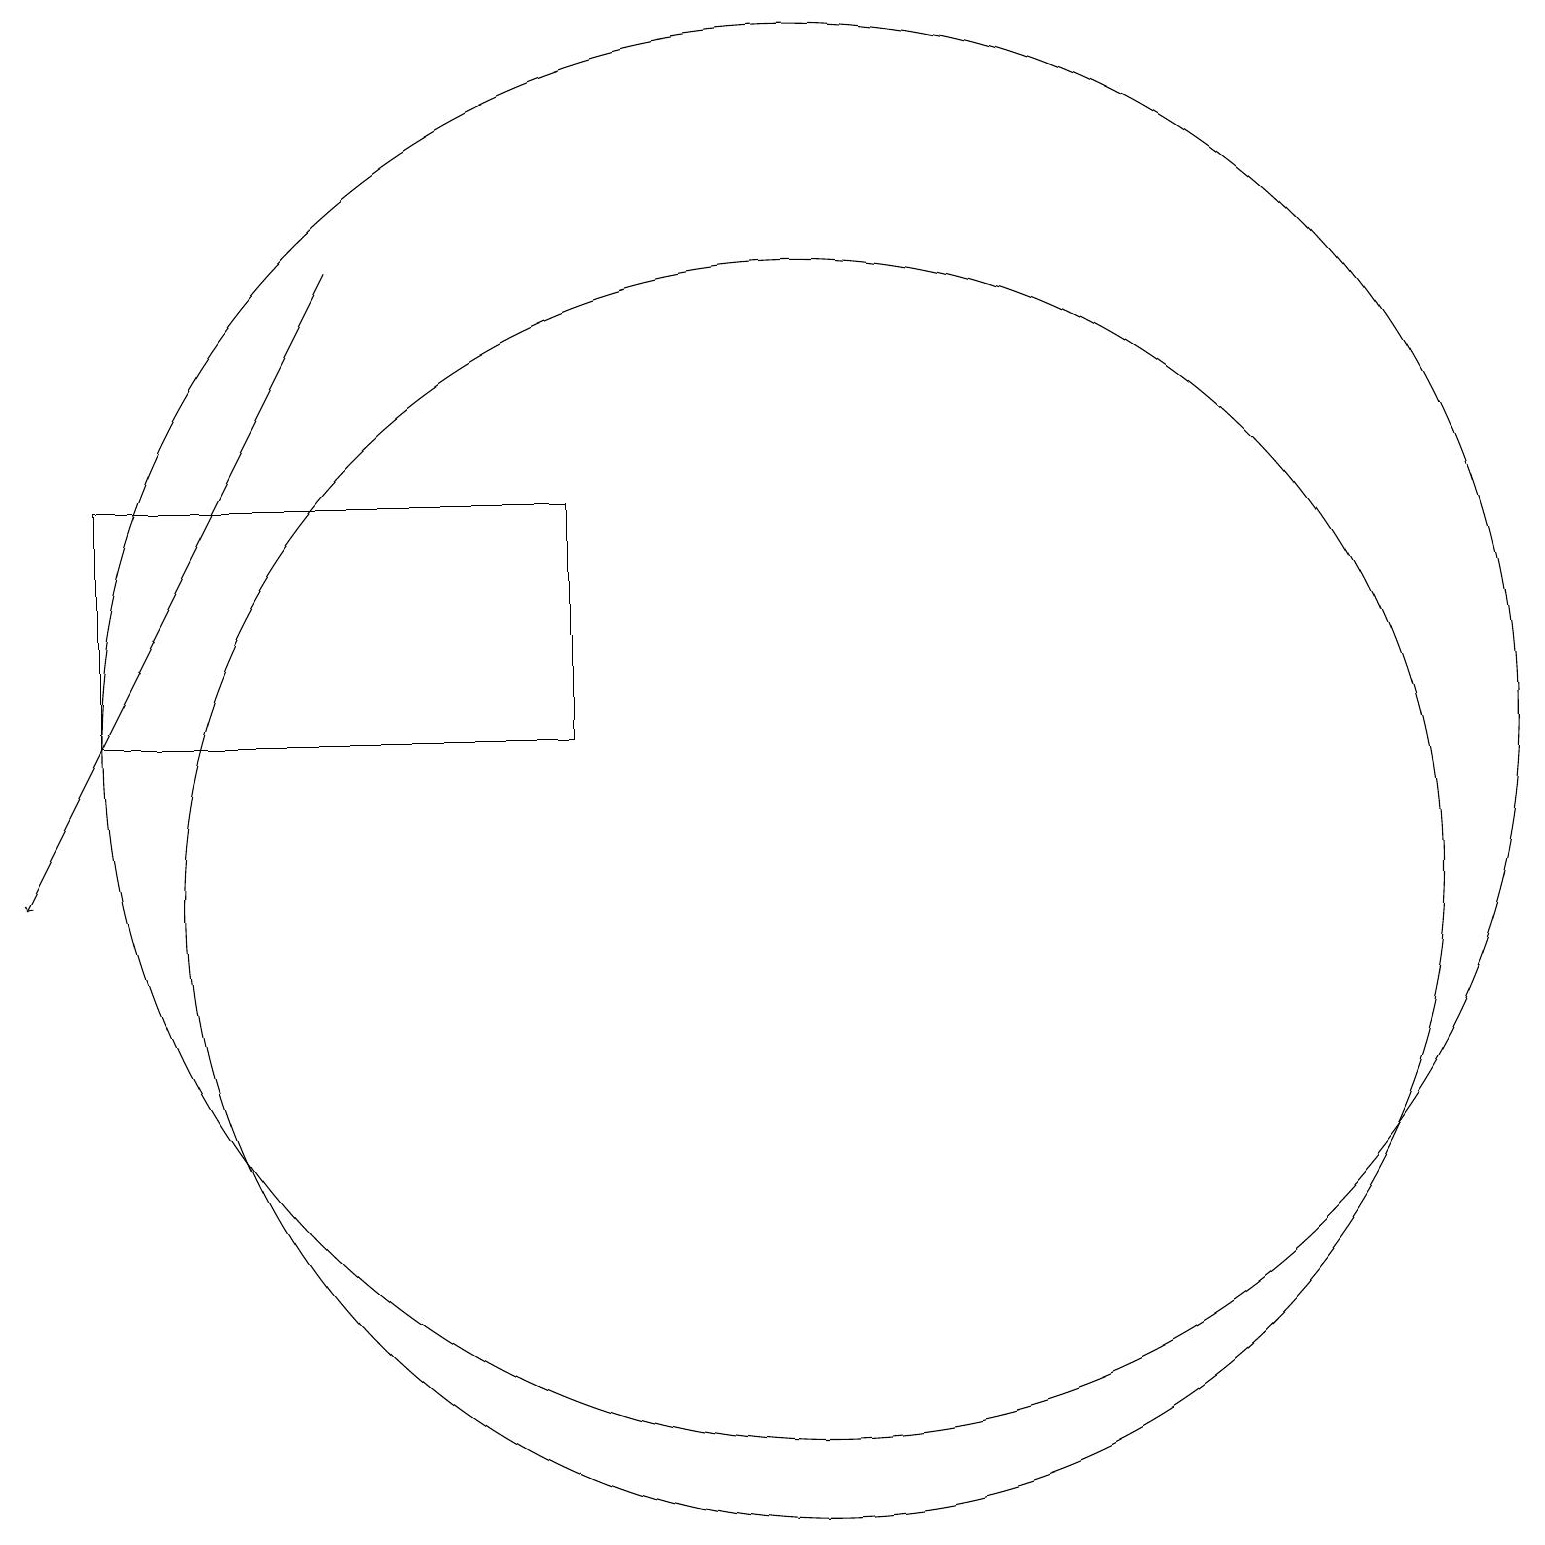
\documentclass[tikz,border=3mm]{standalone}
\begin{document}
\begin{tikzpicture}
\draw (2,12) rectangle (8,15);
\draw (11,10) circle (8);
\draw (11,12) circle (9);
\draw[->] (5,18) -- (1,10);
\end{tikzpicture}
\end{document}